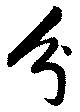
分